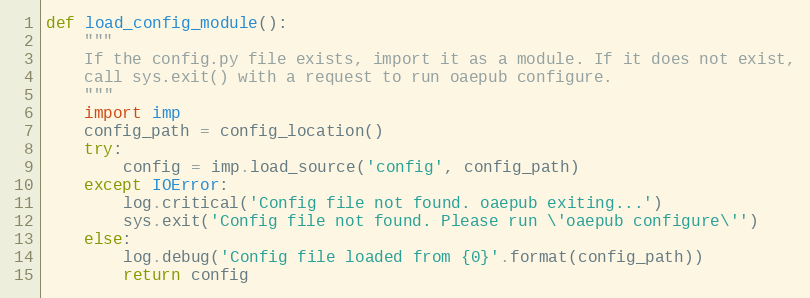
Language: Python
def load_config_module():
    """
    If the config.py file exists, import it as a module. If it does not exist,
    call sys.exit() with a request to run oaepub configure.
    """
    import imp
    config_path = config_location()
    try:
        config = imp.load_source('config', config_path)
    except IOError:
        log.critical('Config file not found. oaepub exiting...')
        sys.exit('Config file not found. Please run \'oaepub configure\'')
    else:
        log.debug('Config file loaded from {0}'.format(config_path))
        return config